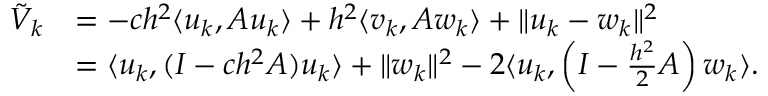
\begin{array} { r l } { \tilde { V } _ { k } } & { = - c h ^ { 2 } \langle u _ { k } , A u _ { k } \rangle + h ^ { 2 } \langle v _ { k } , A w _ { k } \rangle + \| u _ { k } - w _ { k } \| ^ { 2 } } \\ & { = \langle u _ { k } , ( I - c h ^ { 2 } A ) u _ { k } \rangle + \| w _ { k } \| ^ { 2 } - 2 \langle u _ { k } , \left( I - \frac { h ^ { 2 } } { 2 } A \right) w _ { k } \rangle . } \end{array}